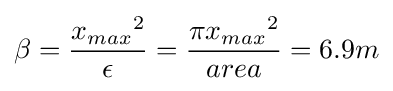
\beta ={\frac {{x_{max}}^{2}}{\epsilon }}={\frac {\pi {x_{max}}^{2}}{area}}=6.9m